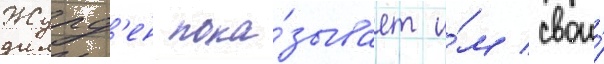
Журд'ен пока́зывает и́м свои́